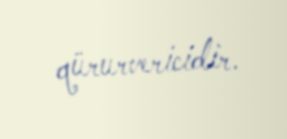
qürurvericidir.